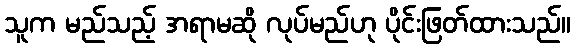
သူက မည်သည့် အရာမဆို လုပ်မည်ဟု ပိုင်းဖြတ်ထားသည်။